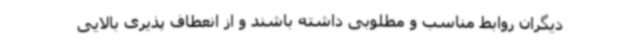
دیگران روابط مناسب و مطلوبی داشته باشند و از انعطاف پذیری بالایی